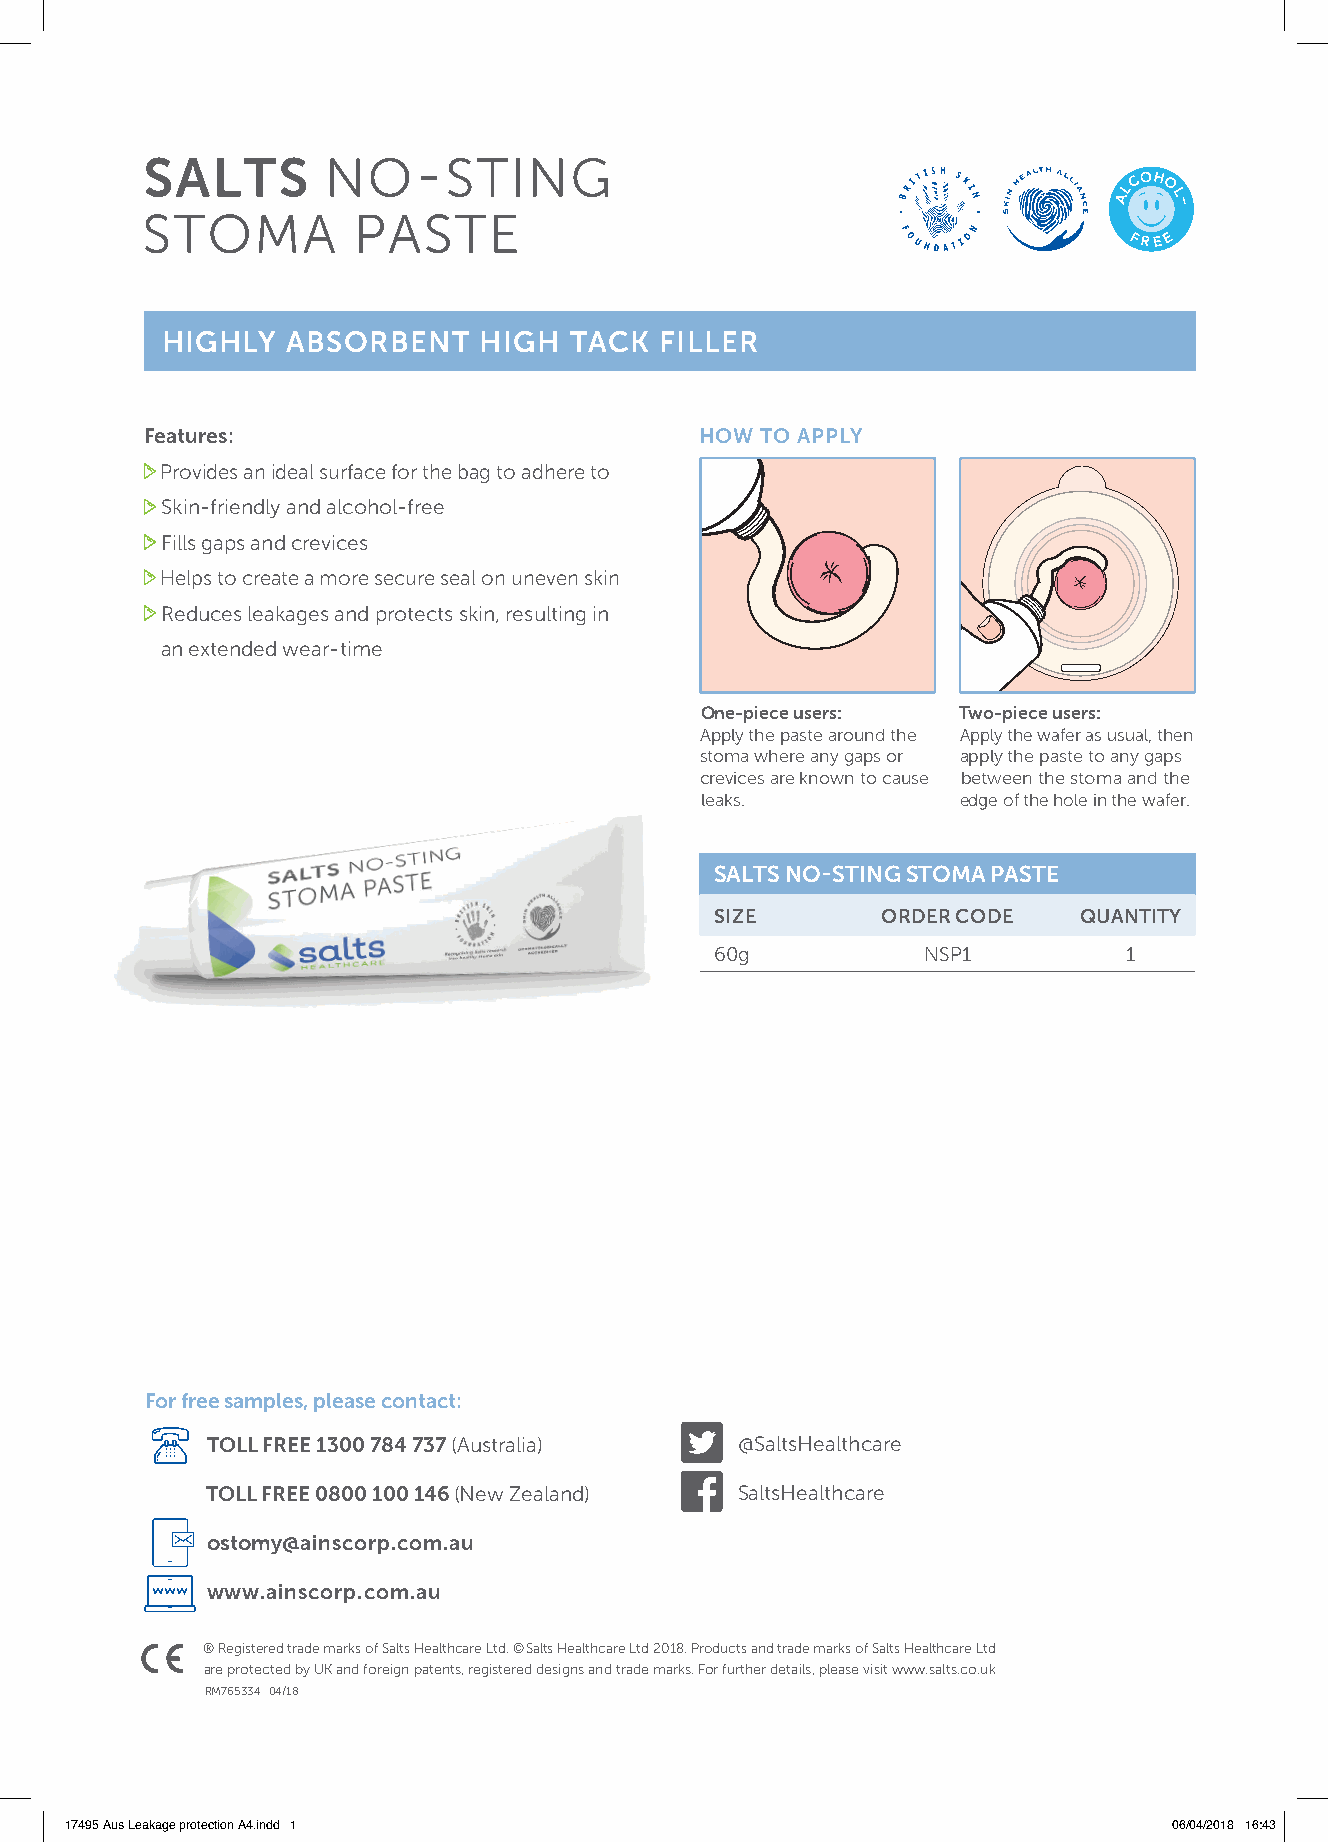
SALTS       NO-STING
 C OH
 L  O
 A  L
 –
 STOMA         PASTE
 FRE E
 HIGHLY  ABSORBENT    HIGH  TACK  FILLER
 Features:                           HOW TO APPLY
 Provides an ideal surface for the bag to adhere to
 Skin-friendly and alcohol-free
 Fills gaps and crevices
 Helps to create a more secure seal on uneven skin
 Reduces leakages and protects skin, resulting in
 an extended wear-time
 One-piece users:  Two-piece users:
 Apply the paste around the Apply the wafer as usual, then
 stoma where any gaps or apply the paste to any gaps
 crevices are known to cause between the stoma and the
 leaks.            edge of the hole in the wafer.
 SALTS NO-STING STOMA PASTE
 SIZE       ORDER CODE    QUANTITY
 60g           NSP1          1
 For free samples, please contact:
 TOLL FREE 1300 784 737 (Australia) @SaltsHealthcare
 TOLL FREE 0800 100 146 (New Zealand) SaltsHealthcare
 ostomy@ainscorp.com.au
 www.ainscorp.com.au
 ® Registered trade marks of Salts Healthcare Ltd. © Salts Healthcare Ltd 2018. Products and trade marks of Salts Healthcare Ltd
 are protected by UK and foreign patents, registered designs and trade marks. For further details, please visit www.salts.co.uk
 RM765334 04/18
 17495 Aus Leakage protection A4.indd 1                                    06/04/2018 16:43